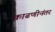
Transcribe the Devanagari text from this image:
काढणीनंतर